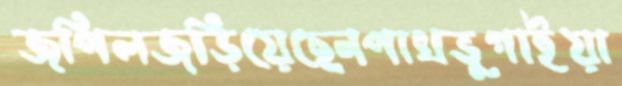
জপিলজড়িয়েছেনপাখভুগাইয়া